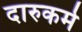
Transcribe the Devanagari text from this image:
दारुकर्म